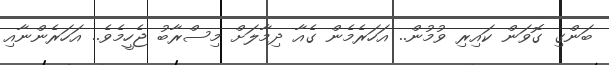
ބަންގި ގޮވަން ކައިރި ވުމުން.. އަހަރެމެން ގެއާ ދިމާލަށް މިސްރާބު ޖެހީމެވެ.. އަހަރެންނާއި